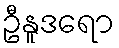
ဦနူဒရော